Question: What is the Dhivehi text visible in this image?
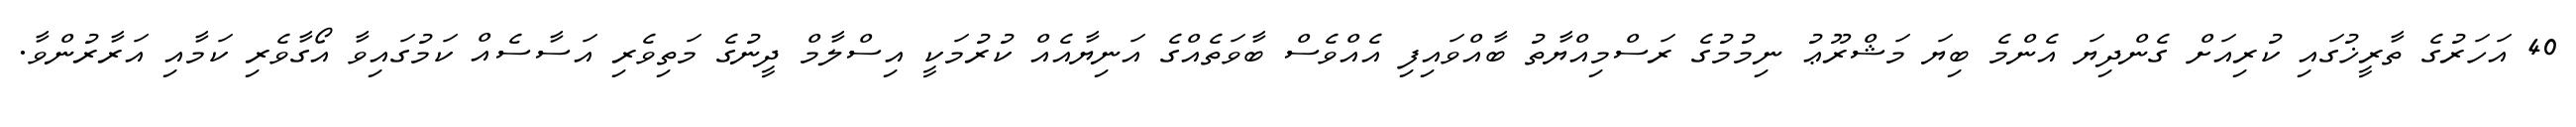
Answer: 40 އަހަރުގެ ތާރީޚުގައި ކުރިއަށް ގެންދިޔަ އެންމެ ބިޔަ މަޝްރޫޢު ނިމުމުގެ ރަސްމިއްޔާތު ބާއްވައިފި އެއްވެސް ބާވަތެއްގެ އަނިޔާއެއް ކުރުމަކީ އިސްލާމް ދީނުގެ މަތިވެރި އަސާސެއް ކަމުގައިވާ އޯގާވެރި ކަމާއި އަރާރުންވާ.